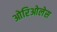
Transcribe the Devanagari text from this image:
ओरिओलेस